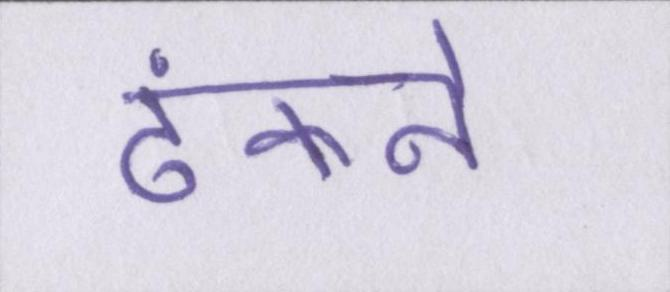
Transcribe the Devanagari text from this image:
ढंकने